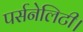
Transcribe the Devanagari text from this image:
पर्सनेलिटी।